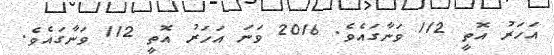
އަހަރު އޮތީ 112 ވަނާގައެވެ. 2016 ވަނަ އަހަރު އޮތީ 112 ވަނާގައެވެ.